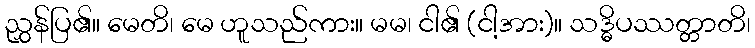
ညွှန်ပြ၏။ မေတိ၊ မေ ဟူသည်ကား။ မမ၊ ငါ၏ (ငါ့အား)။ သဒ္ဓိပဿတ္တာတိ၊